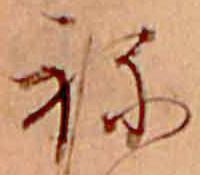
ね